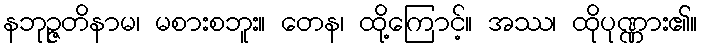
နဘုဉ္ဇတိနာမ၊ မစားစဘူး။ တေန၊ ထို့ကြောင့်။ အဿ၊ ထိုပုဏ္ဏား၏။